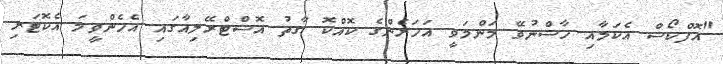
"އޮފްކޯސް އެކަމާއި ހާސްނުވޭ މަންމަވީ އަހަރެންގެ ކޮއްކޮ ގާތު އޮސްޓްރޭލިއާގައި އެހެންވީމަ އެކޮޓަރި